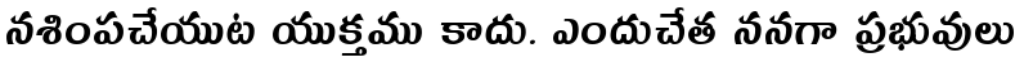
నశింపచేయుట యుక్తము కాదు. ఎందుచేత ననగా ప్రభువులు